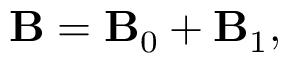
{ \bf { B } } = { \bf { B } } _ { 0 } + { \bf { B } } _ { 1 } ,